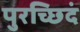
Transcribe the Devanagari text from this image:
पुरच्छिदं